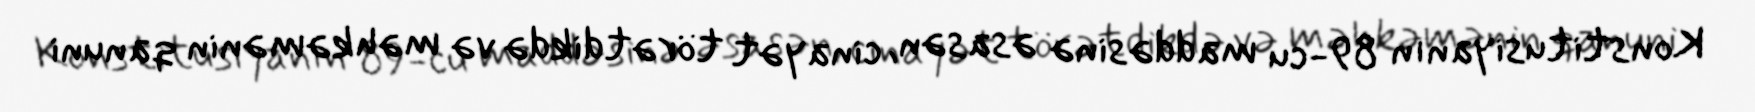
Konstitusiyanın 89-cu maddəsinə əsasən, cinayət törətdikdə və məhkəmənin qanuni